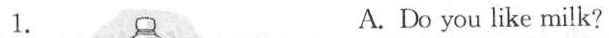
1. A.Do you like milk?